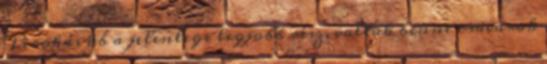
Pirokás kb a jelenlegi legjobb rész, voltak benne csavarok